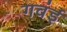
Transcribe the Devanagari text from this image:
गवंई